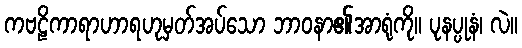
ကဗဠိကာရာဟာရဟုမှတ်အပ်သော ဘာဝနာ၏အာရုံကို။ ပုနပ္ပုနံ၊ လဲ။